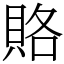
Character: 賂